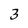
Character: 3